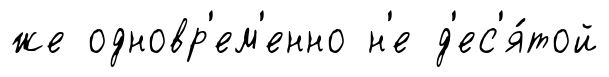
же одновр'ем'енно н'е д'ес'я́той